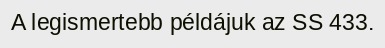
A legismertebb példájuk az SS 433.